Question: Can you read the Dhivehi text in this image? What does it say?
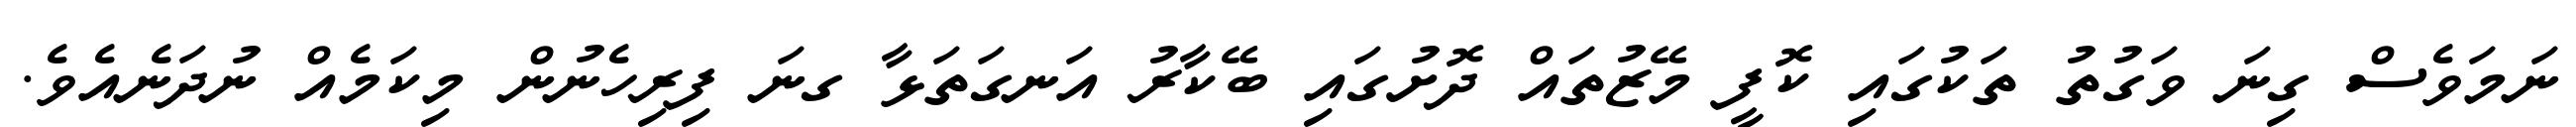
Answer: ނަމަވެސް ގިނަ ވަގުތު ތަކުގައި ކޮފީ މޭޒުތައް ދޮށުގައި ބޭކާރު އަނގަތަޅާ ގނަ ފިރިހެނުން މިކަމެއް ނުދަނެއެވެ.